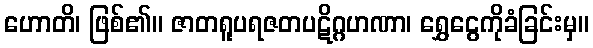
ဟောတိ၊ ဖြစ်၏။ ဇာတရူပရဇတပဋိဂ္ဂဟဏာ၊ ရွှေငွေကိုခံခြင်းမှ။